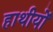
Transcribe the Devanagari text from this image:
हाथीयों